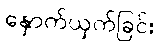
နှောက်ယှက်ခြင်း